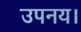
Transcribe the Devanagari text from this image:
उपनय।